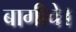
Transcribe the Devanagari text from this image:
बागीचे।